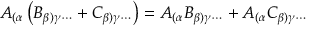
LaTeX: A _ { ( \alpha } \left( B _ { \beta ) \gamma \cdots } + C _ { \beta ) \gamma \cdots } \right) = A _ { ( \alpha } B _ { \beta ) \gamma \cdots } + A _ { ( \alpha } C _ { \beta ) \gamma \cdots }